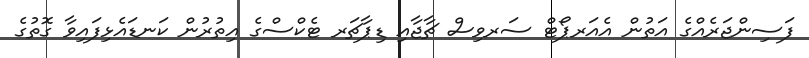
ފަސިންޖަރެއްގެ އަތުން އެއަރޕޯޓް ސަރވިސް ޗާޖާއި ޑިޕާޗަރ ޓެކްސްގެ އިތުރުން ކަނޑައެޅިފައިވާ ގޮތުގެ